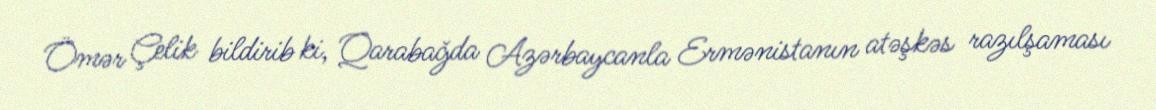
Ömər Çelik bildirib ki, Qarabağda Azərbaycanla Ermənistanın atəşkəs razılşaması